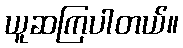
ယူဆကြပါတယ်။